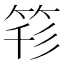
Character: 𥭇